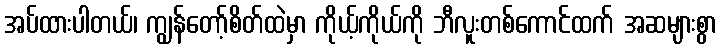
အပ်ထားပါတယ်၊ ကျွန်တော့်စိတ်ထဲမှာ ကိုယ့်ကိုယ်ကို ဘီလူးတစ်ကောင်ထက် အဆများစွာ